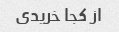
از کجا خریدی